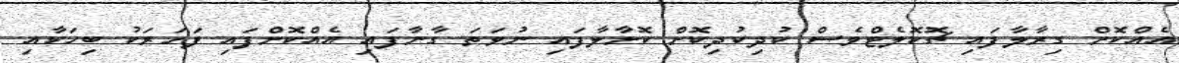
އެއްކޮށް ގިރާލާފައި ޗޮކޮލެޓްވެސް ކުދިކުދިކޮށް ކޮށާލާފައި ނުވަތަ ގާނާފައި އެއްކޮށްފައި ފަހަރަކު ބިހަކާއި